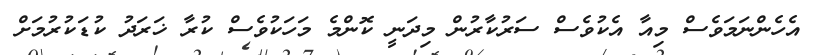
އެހެންނަމަވެސް މިއާ އެކުވެސް ސަރުކާރުން މިދަނީ ކޮންމެ މަހަކުވެސް ކުރާ ޚަރަދު ކުޑަކުރުމަށް